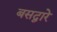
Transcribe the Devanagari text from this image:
बसद्वारे